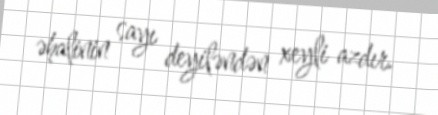
əhalinin sayı deyiləndən xeyli azdır.